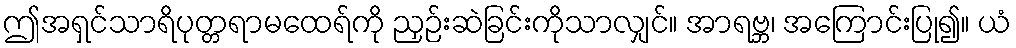
ဤအရှင်သာရိပုတ္တရာမထေရ်ကို ညှဉ်းဆဲခြင်းကိုသာလျှင်။ အာရဗ္ဘ၊ အကြောင်းပြု၍။ ယံ